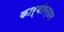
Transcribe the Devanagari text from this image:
कार्बोरन्डम